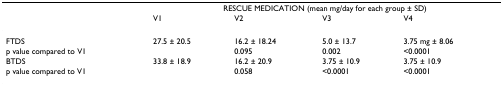
<table><thead><tr><td></td><td colspan="4"><b>RESCUE MEDICATION (mean mg/day for each group ± SD)</b></td></tr><tr><td></td><td><b>V1</b></td><td><b>V2</b></td><td><b>V3</b></td><td><b>V4</b></td></tr></thead><tbody><tr><td>FTDS</td><td>27.5 ± 20.5</td><td>16.2 ± 18.24</td><td>5.0 ± 13.7</td><td>3.75 mg ± 8.06</td></tr><tr><td>p value compared to V1</td><td></td><td>0.095</td><td>0.002</td><td>&lt;0.0001</td></tr><tr><td>BTDS</td><td>33.8 ± 18.9</td><td>16.2 ± 20.9</td><td>3.75 ± 10.9</td><td>3.75 ± 10.9</td></tr><tr><td>p value compared to V1</td><td></td><td>0.058</td><td>&lt;0.0001</td><td>&lt;0.0001</td></tr></tbody></table>